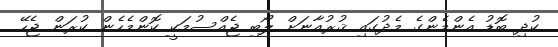
ކުދި ބޮޑު އެންމެންގެ މެދުގައި ޤުރުއާނަށް ލޯބި ޖެއްސުމަކީ ކޮންމެހެން ކުރަން ޖެހޭ